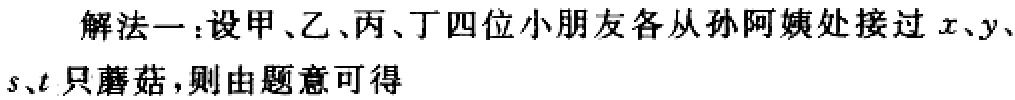
解法一：设甲、乙、丙、丁四位小朋友各从孙阿姨处接过\(x、y、s、t\)只蘑菇，则由题意可得